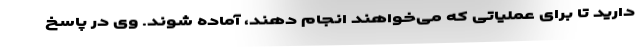
دارید تا برای عملیاتی که می‌خواهند انجام دهند، آماده شوند. وی در پاسخ